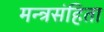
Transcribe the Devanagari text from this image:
मन्त्रसंहिता